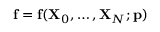
\mathbf { f } = \mathbf { f } ( \mathbf { X } _ { 0 } , \ldots , \mathbf { X } _ { N } ; \mathbf { p } )